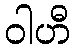
ဝါဟီ